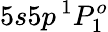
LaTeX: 5s5p\, ^{1}P_{1}^{o}